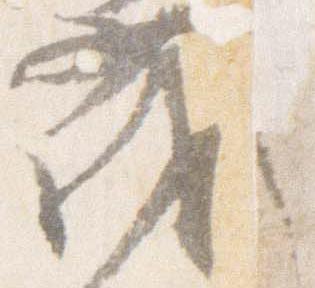
茂